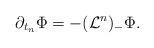
LaTeX: \begin{align*}\partial_{t_n}\Phi=-(\mathcal{L}^n)_-\Phi.\end{align*}